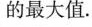
的最大值.